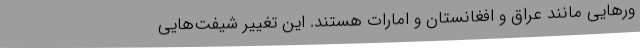
ورهایی مانند عراق و افغانستان و امارات هستند. این تغییر شیفت‌هایی